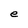
Character: e